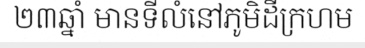
២៣ឆ្នាំ មានទីលំនៅភូមិដីក្រហម